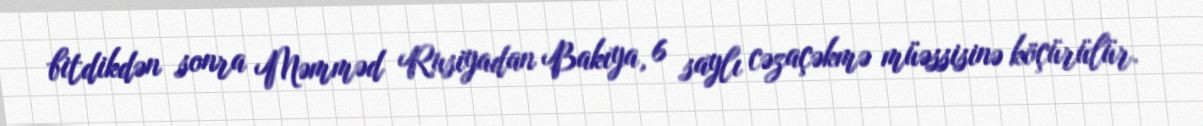
bitdikdən sonra Məmməd Rusiyadan Bakıya, 6 saylı cəzaçəkmə müəssisinə köçürülür.